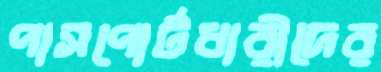
পাসপোর্টধারীদের